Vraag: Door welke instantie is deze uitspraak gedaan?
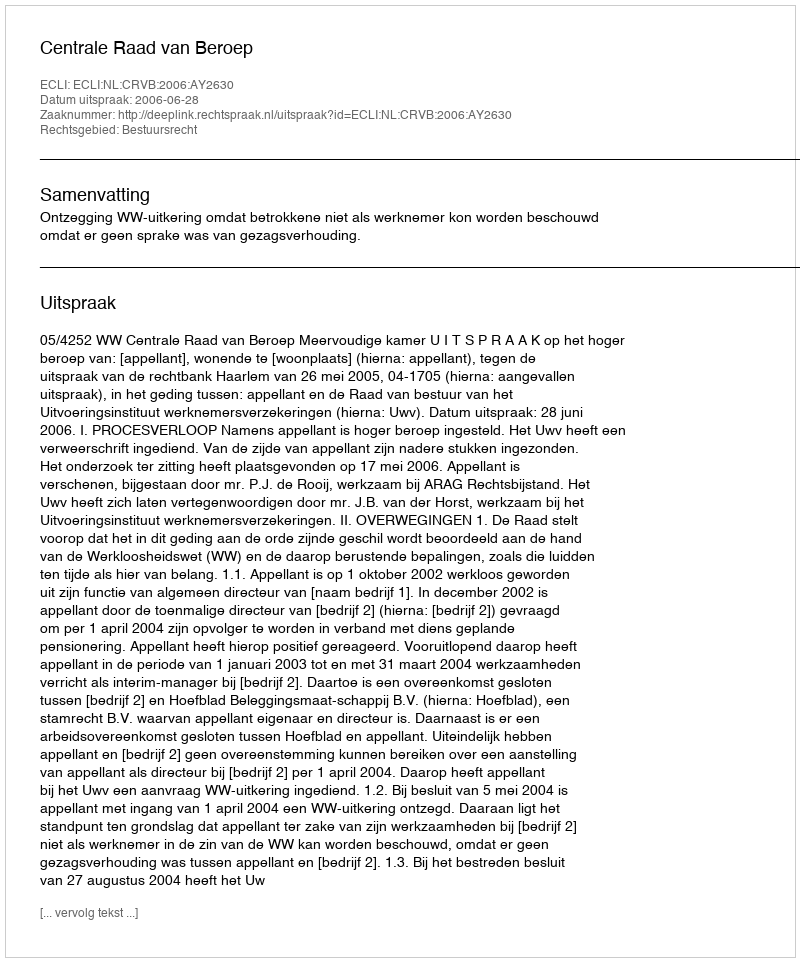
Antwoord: Centrale Raad van Beroep